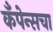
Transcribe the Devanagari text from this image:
कँपेन्सचा